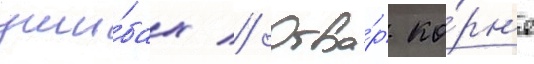
уши́бах // Отва́р ко́рн'я